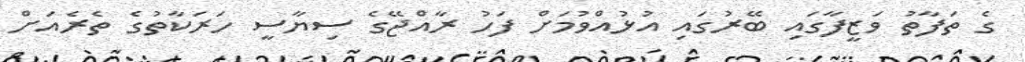
ގެ ތަފާތު ވަޒީފާގައި ބޭރުގައި އުޅުއްވުމަށް ފަހު ރާއްޖޭގެ ސިޔާސީ ހަރަކާތުގެ ތެރެއަށް